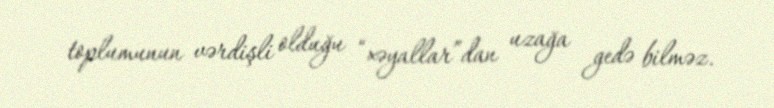
toplumunun vərdişli olduğu “xəyallar”dan uzağa gedə bilməz.